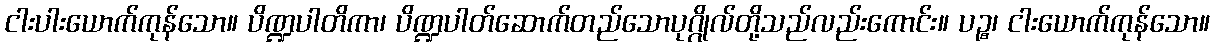
ငါးပါးယောက်ကုန်သော။ ပိဏ္ဍပါတိကာ၊ ပိဏ္ဍပါတ်ဆောက်တည်သောပုဂ္ဂိုလ်တို့သည်လည်းကောင်း။ ပဉ္စ၊ ငါးယောက်ကုန်သော။